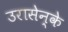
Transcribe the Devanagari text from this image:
उरासेन्के